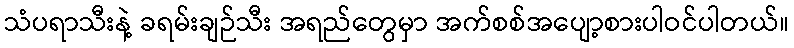
သံပရာသီးနဲ့ ခရမ်းချဉ်သီး အရည်တွေမှာ အက်စစ်အပျော့စားပါဝင်ပါတယ်။